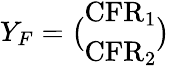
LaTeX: Y_{F}=\big(\begin{array}{l}{\textrm{CFR}_{1}}\\ {\textrm{CFR}_{2}}\end{array}\big)